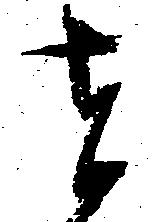
者